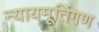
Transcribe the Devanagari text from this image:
न्यायमूर्तिगण